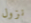
نزول